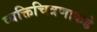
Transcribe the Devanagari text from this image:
व्यक्तिचित्रणाकडे